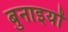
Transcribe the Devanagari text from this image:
बुनाइयों